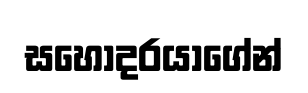
සහෝදරයාගේන්